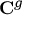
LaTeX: { \mathbf { C } } ^ { g }